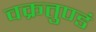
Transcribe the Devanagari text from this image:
वक्रतुण्डं